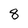
Character: 8